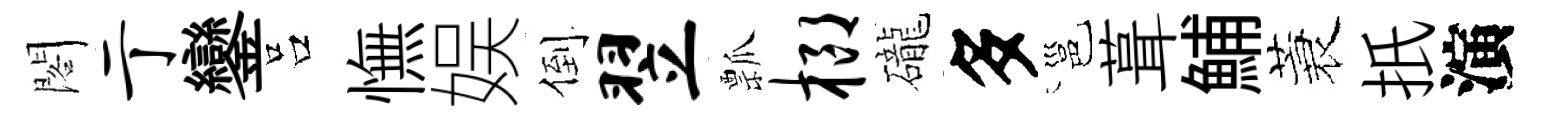
閣亍鑾吕憮娱倒翌瓢榔礲多邕葺鯆蓑扺演